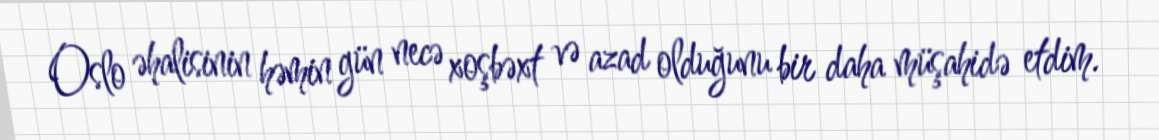
Oslo əhalisinin həmin gün necə xoşbəxt və azad olduğunu bir daha müşahidə etdim.